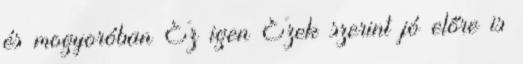
és mogyoróban Ez igen Ezek szerint jó előre is